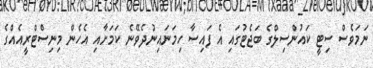
ނަމަވެސް ސިޓީ ކައުންސިލްގެ ބަޖެޓުގައި އެ ފައިސާ ހިމަނައިނުދެވޭނެ ކަމަށާއި އެހެން މިނިސްޓްރީއެއްގެ